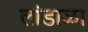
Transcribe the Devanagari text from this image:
लांडाळा